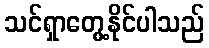
သင်ရှာတွေ့နိုင်ပါသည်